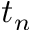
t _ { n }